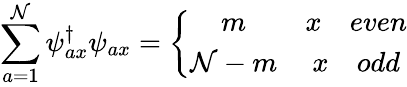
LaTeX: \sum_{a=1}^{\cal N}\psi_{ax}^{\dagger}\psi_{ax}=\left\{ \begin{array}{cc}{{m}}&{{x\quad even}}\\ {{{\cal N}-m}}&{{x\quad odd}}\end{array}\right.